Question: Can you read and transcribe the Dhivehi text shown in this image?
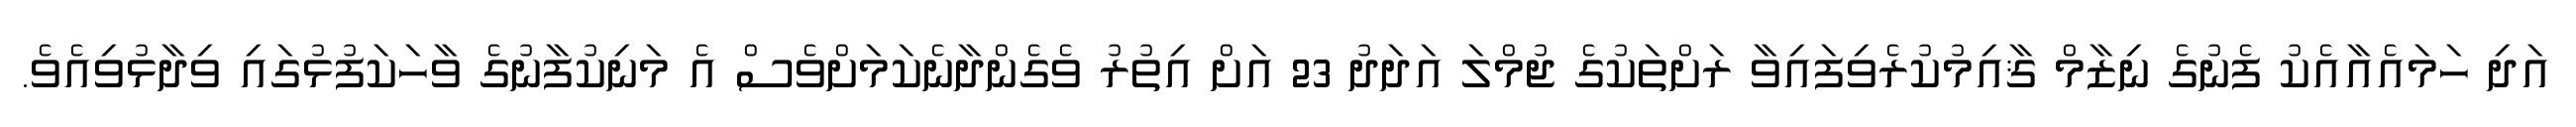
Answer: އަދި ހަމައެއާއެކު ފެނުގެ ނިޒާމް ޤާއިމުކުރެވިފައިވާ ރަށްތަކުގެ ޖުމްލަ އަދަދު 23 އަށް އިތުރު ވެގެންދާނެކަމަށްވެސް އެ މަނިކުފާނުގެ ވާހަކަފުޅުގައި ވިދާޅުވިއެވެ.